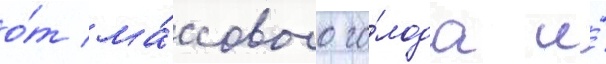
о́т ма́ссового го́лода и́